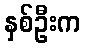
နှစ်ဦးက